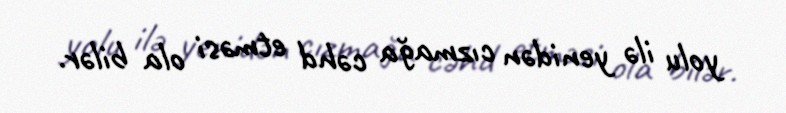
yolu ilə yenidən cızmağa cəhd etməsi ola bilər.